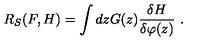
R _ { S } ( F , H ) = \int d z G ( z ) \frac { \delta H } { \delta \varphi ( z ) } \ .